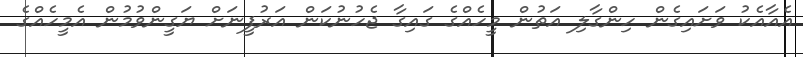
އެއާއެކު ވަށައިގެން ހިންގާލި އަތުން މީހެއްގެ ގައިގާ ޖެހުނުކަން އަރުފީނަށް ޔަގީންވުމުން އެމީހެއްގެ